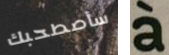
سأصطحبك a